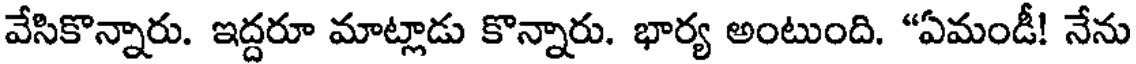
వేసికొన్నారు. ఇద్దరూ మాట్లాడు కొన్నారు. భార్య అంటుంది. "ఏమండీ! నేను